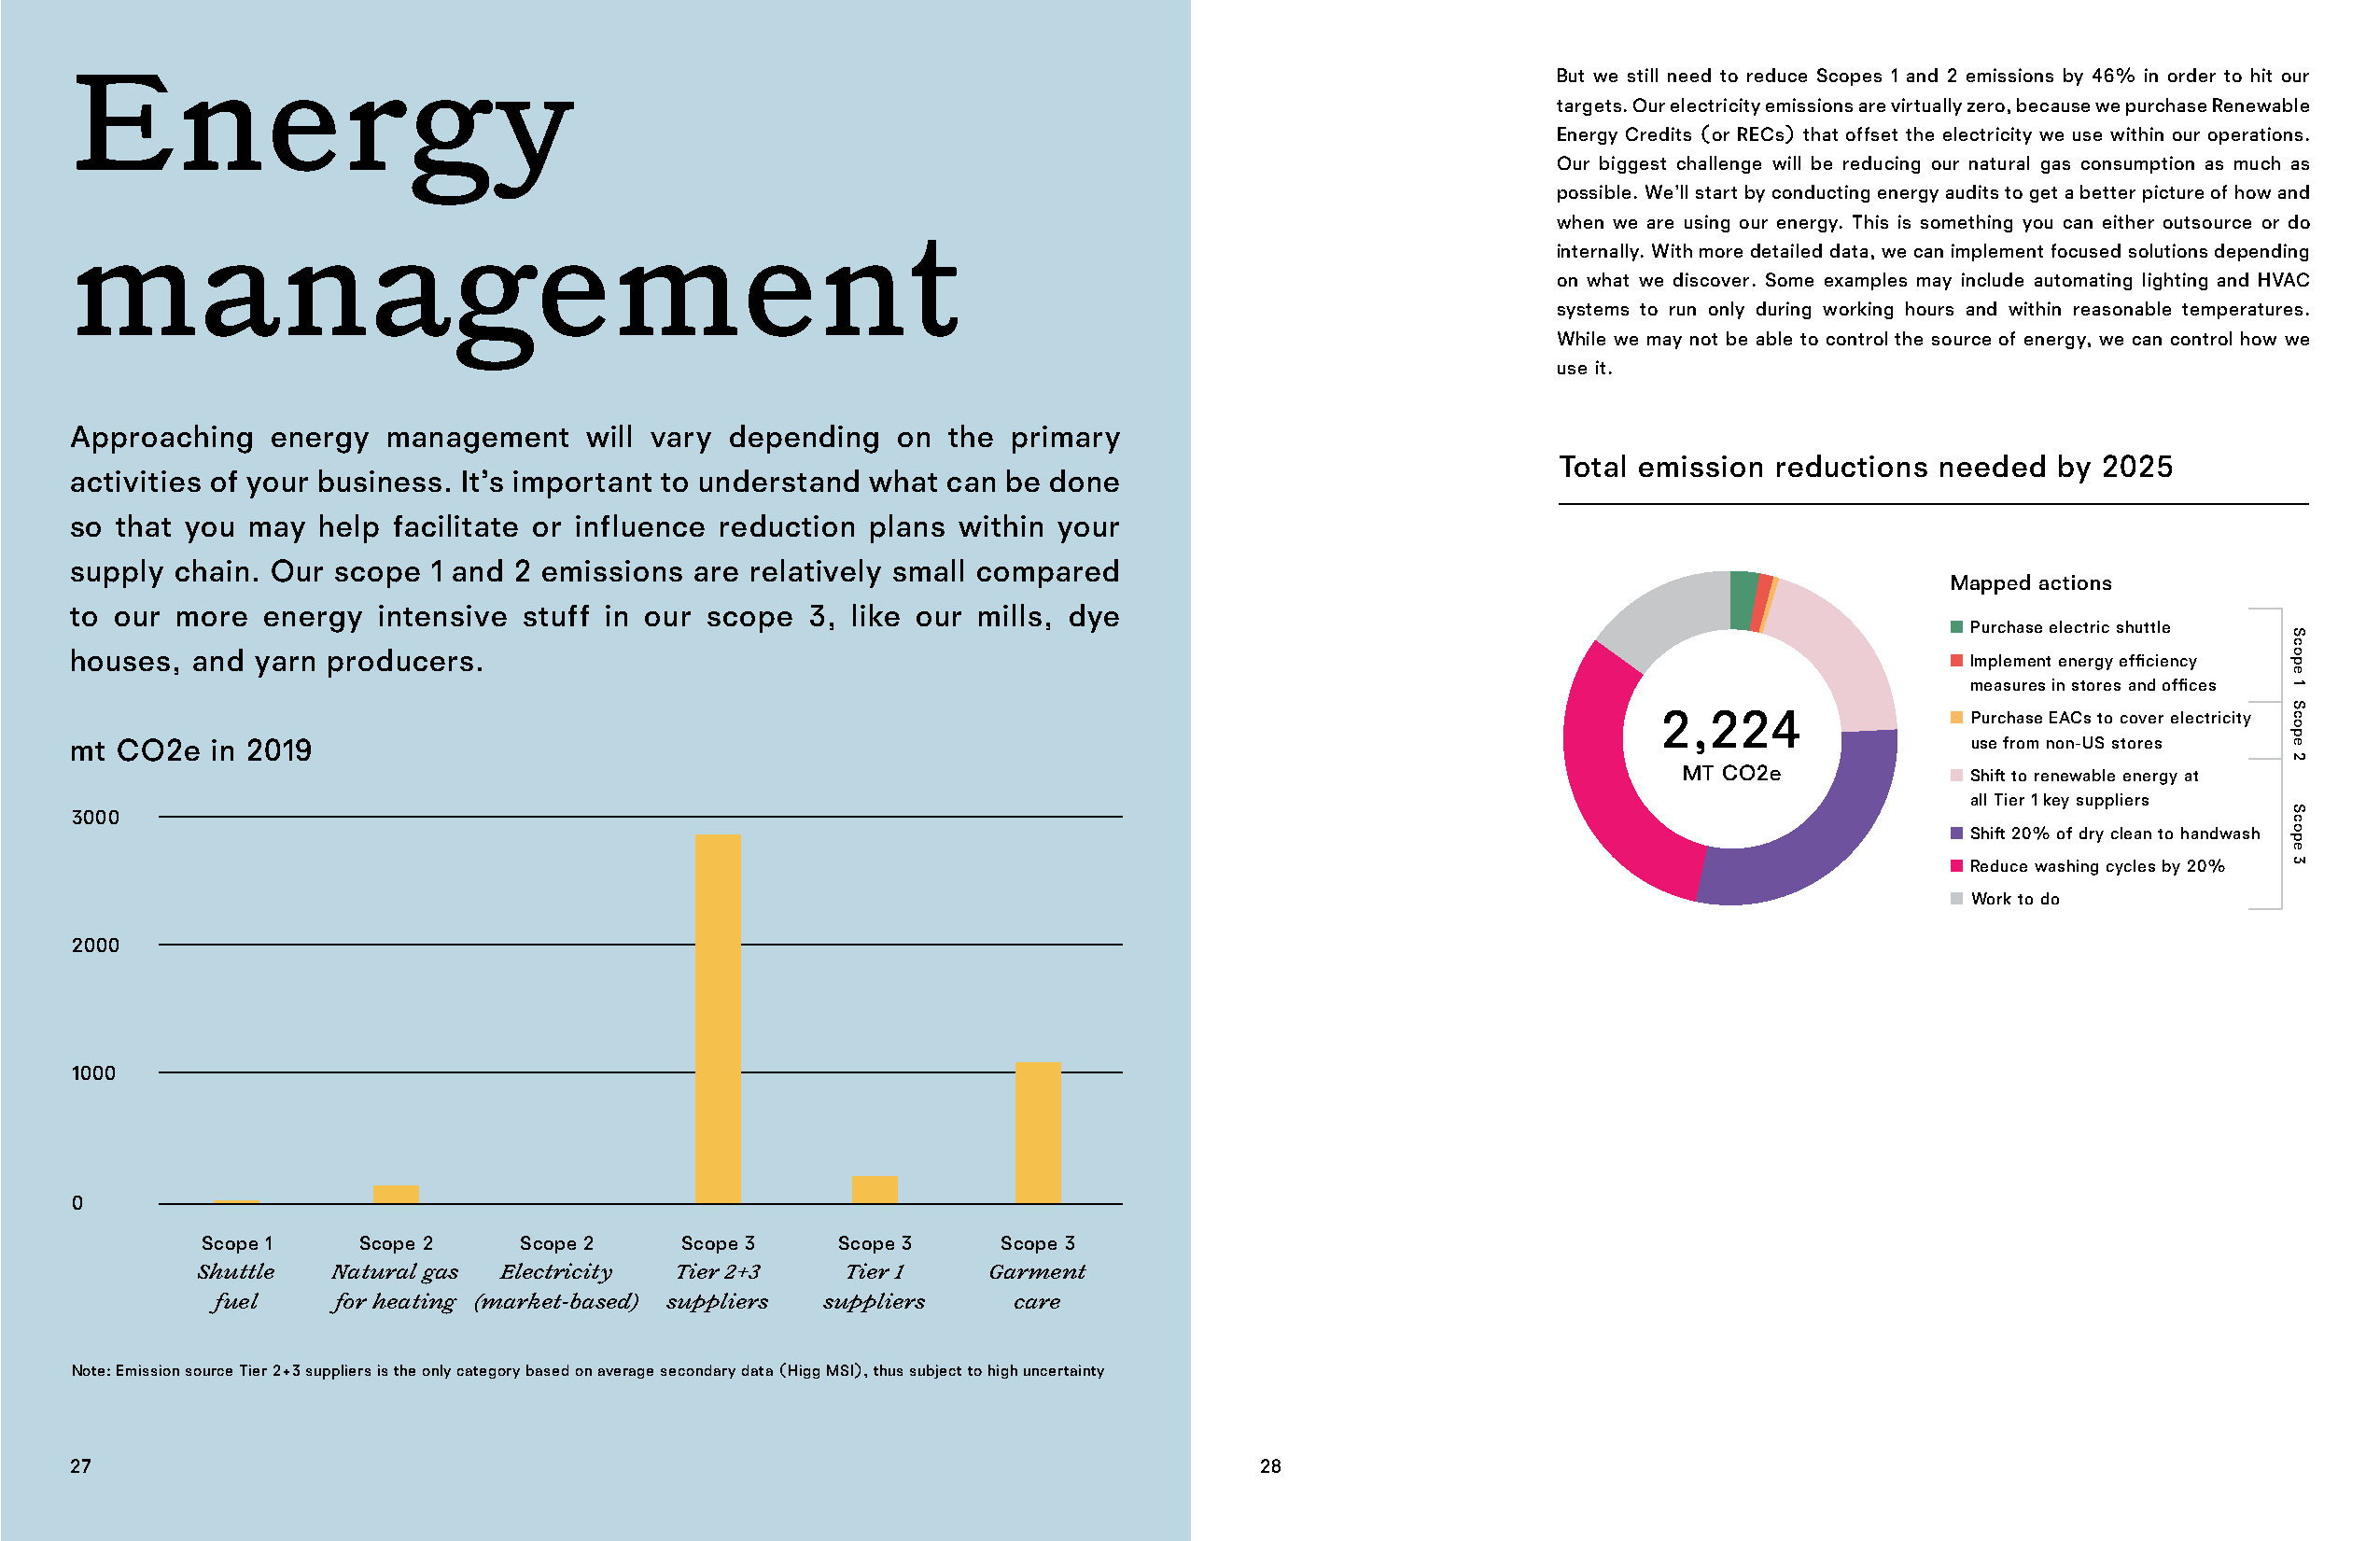
Energy                                                                                                   But we still need to reduce Scopes 1 and 2 emissions by 46% in order to hit our
 targets. Our electricity emissions are virtually zero, because we purchase Renewable
 Energy Credits (or RECs) that offset the electricity we use within our operations.
 Our biggest challenge will be reducing our natural gas consumption as much as
 possible. We’ll start by conducting energy audits to get a better picture of how and
 when we are using our energy. This is something you can either outsource or do
 management                                                                                               internally. With more detailed data, we can implement focused solutions depending
 on what we discover. Some examples may include automating lighting and HVAC
 systems to run only during working hours and within reasonable temperatures.
 While we may not be able to control the source of energy, we can control how we
 use it.
 Approaching   energy  management     will vary depending   on the  primary
 Total emission reductions  needed  by 2025
 activities of your business. It’s important to understand what can be done
 so that you  may  help facilitate or influence reduction plans within your
 supply chain. Our  scope  1 and 2 emissions are relatively small compared
 Mapped actions
 to our more   energy  intensive stuff in our scope  3, like our mills, dye
 Purchase electric shuttle
 houses,  and yarn producers.                                                                                                           Implement energy efficiency
 measures in stores and offices
 2,224                 Purchase EACs to cover electricity
 mt CO2e   in 2019                                                                                                                      use from non-US stores
 MT CO2e              Shift to renewable energy at
 all Tier 1 key suppliers
 3000
 Shift 20% of dry clean to handwash
 Reduce washing cycles by 20%
 Work to do
 2000
 1000
 0
 Scope 1    Scope 2     Scope 2    Scope 3    Scope 3     Scope 3
 Shuttle   Natural gas Electricity Tier 2+3    Tier 1    Garment
 fuel     for heating (market-based) suppliers suppliers  care
 Note: Emission source Tier 2+3 suppliers is the only category base d on average secondary data (Higg MSI), thus subject to high uncertainty
 27                                                                                  28
 Scope
 1
 Scope
 2
 Scope
 3